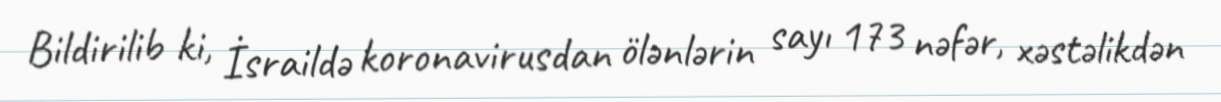
Bildirilib ki, İsraildə koronavirusdan ölənlərin sayı 173 nəfər, xəstəlikdən